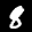
Label: 8